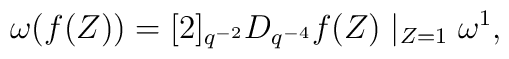
\omega(f(Z)) = [2]_{q^{-2}} D_{q^{-4}}f(Z)\mid_{Z=1}\omega^1,